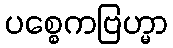
ပစ္စေကဗြဟ္မာ